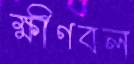
ক্ষীণবল